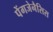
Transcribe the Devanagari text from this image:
पेंगजेनैसिस